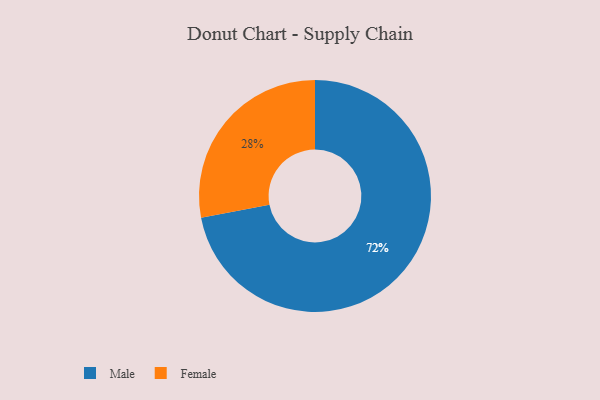
{"axis": {"x": "Category", "y": "Percentage"}, "legend": ["Female", "Male"], "data": [{"x": "Male", "y": 72, "type": "Male"}, {"x": "Female", "y": 28, "type": "Female"}]}